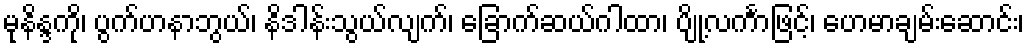
မုနိန္ဒကို၊ ပွက်ဟနာဘွယ်၊ နိဒါန်းသွယ်လျက်၊ ခြောက်ဆယ်ဂါထာ၊ ပျို့လင်္ကာဖြင့်၊ ဟေမာချမ်းဆောင်း၊